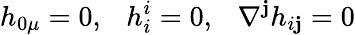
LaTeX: h_{0\mu}=0,~~~h_{i}^{i}=0,~~~\nabla^{\mathbf{j}}h_{i\mathbf{j}}=0